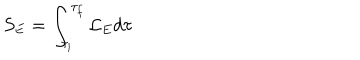
S _ { E } = \int _ { \tau _ { i } } ^ { \tau _ { f } } { \cal L } _ { E } d \tau